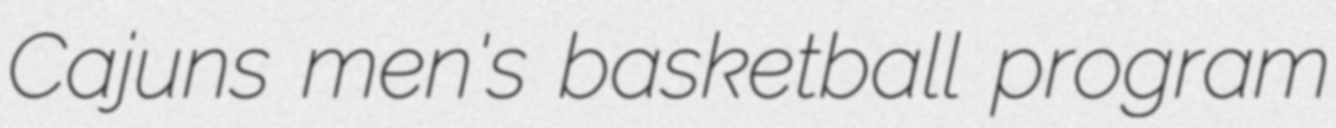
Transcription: Cajuns men's basketball program